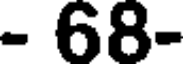
- 68-